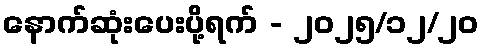
နောက်ဆုံးပေးပို့ရက် - ၂၀၂၅/၁၂/၂၀